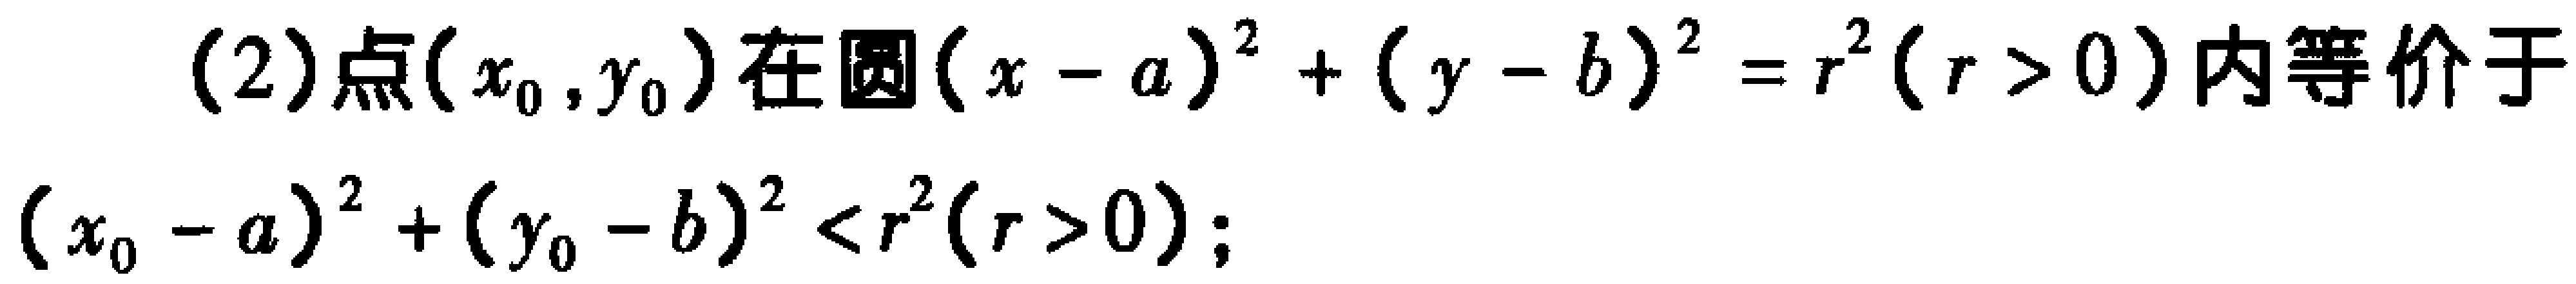
(2)点\((x_0,y_0)\)在圆\((x - a)^2 + (y - b)^2 = r^2(r > 0)\)内等价于
\((x_0 - a)^2 + (y_0 - b)^2 < r^2(r > 0);\)